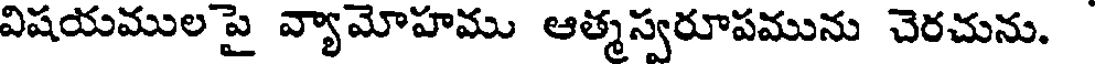
విషయముల పై వ్యామోహము ఆత్మస్వరూపమును చెరచును.